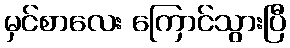
မှင်စာလေး ကြောင်သွားပြီ